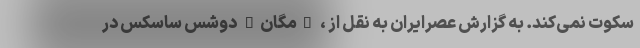
سکوت نمی‌کند. به گزارش عصرایران به نقل از ، "مگان" دوشس ساسکس در